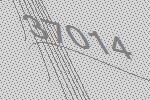
37014